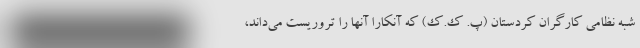
شبه نظامی کارگران کردستان (پ. ک.ک) که آنکارا آنها را تروریست می‌داند،